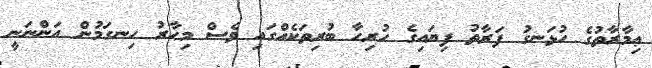
ޢިމާރާތުގެ ހުޅަނގު ފަރާތު ފިޔައިގެ ހުރިހާ ބުރިތަކެއްގައި ވެސް މިހާރު ހިނގަމުން އަންނަނީ